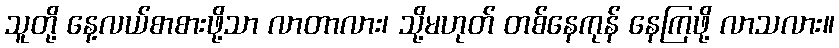
သူတို့ နေ့လယ်စာစားဖို့သာ လာတာလား၊ သို့မဟုတ် တစ်နေကုန် နေကြဖို့ လာသလား။